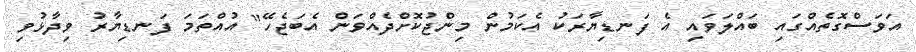
އަވަސްގޮތެއްގައި ބައްލަވައި އެ ފަނޑިޔާރަކު އެކަމުން މިންޖުކޮށްދެއްވަން އެބަޖެހޭ" އުއްތަމަ ފަނޑިޔާރު ވިދާޅުވި